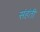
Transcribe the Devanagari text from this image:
संहंती